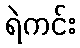
ရဲကင်း